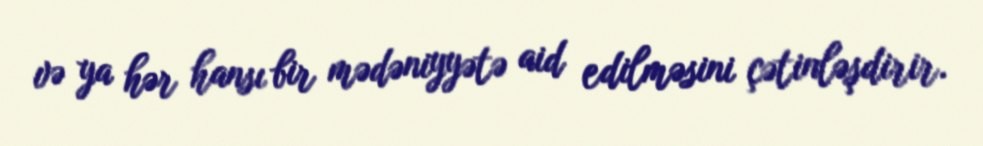
və ya hər hansı bir mədəniyyətə aid edilməsini çətinləşdirir.